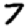
Digit: 7